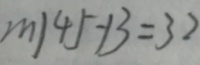
m \vert 4 5 - 1 3 = 3 2